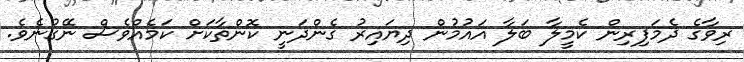
ރިވާގެ ދެމަފިރިން ކެމީލާ ބަލާ އައުމުން ދިޔައިރު ގެންދަނީ ކޮންތާކަށް ކަމެއްވެސް ނޭގުނެވެ.